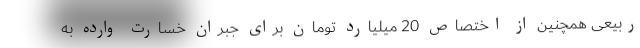
ربیعی همچنین از اختصاص 20 میلیارد تومان برای جبران خسارت وارده به